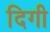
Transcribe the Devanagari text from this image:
दिगी